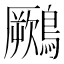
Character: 𪆙